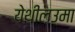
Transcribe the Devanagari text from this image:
येथीलउमा